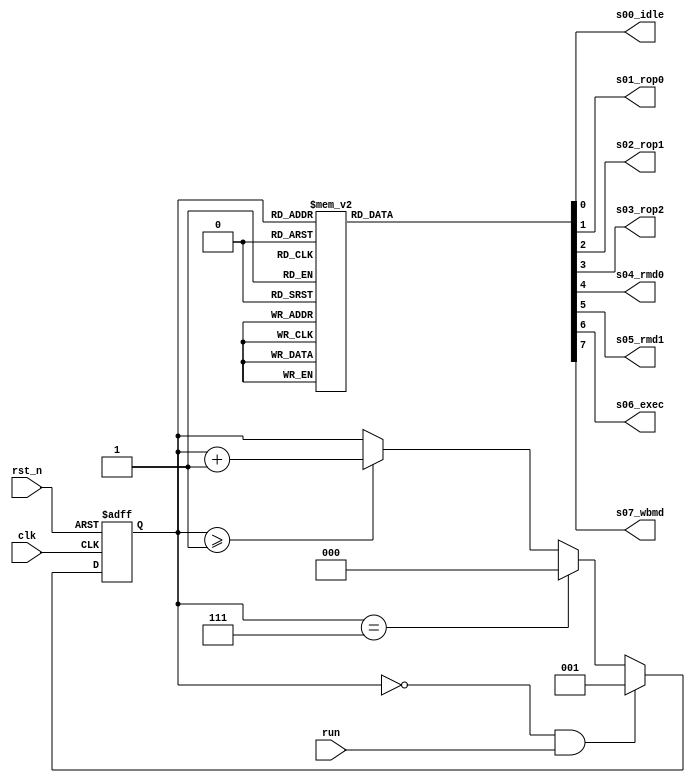
/*
 * SUBLEQ CPU Sample
 *  SUBLEQ Status Module
 *    Verilog code
 * @auther		Yoshiki Kurokawa <yoshiki.k963@gmail.com>
 * @copylight	2020 Yoshiki Kurokawa
 * @license		https://opensource.org/licenses/MIT     MIT license
 * @version		0.1
 */

module subleq_status(
	input clk,
	input rst_n,
	input run,
	output s00_idle,  // idle status
	output s01_rop0,  // read operand 0
	output s02_rop1,  // read operand 1
	output s03_rop2,  // read operand 2
	output s04_rmd0,  // read memory data 0
	output s05_rmd1,  // read memory data 1
	output s06_exec,  // execute substruction
	output s07_wbmd   // write back memory data
	);


// status counter
reg [2:0] status_cntr;

always @ ( posedge clk or negedge rst_n ) begin
	if (~rst_n)
		status_cntr <= 3'd0;
	else if ((status_cntr == 3'd0)&&run)
		status_cntr <= 3'd1;
	else if (status_cntr == 3'd7)
		status_cntr <= 3'd0;
	else if (status_cntr >= 3'd1)
		status_cntr <= status_cntr + 3'd1;
end

// status decoder

function [7:0] status_decoder;
input [2:0] status_cntr;
begin
	case(status_cntr)
		3'd0 : status_decoder = 8'b0000_0001;
		3'd1 : status_decoder = 8'b0000_0010;
		3'd2 : status_decoder = 8'b0000_0100;
		3'd3 : status_decoder = 8'b0000_1000;
		3'd4 : status_decoder = 8'b0001_0000;
		3'd5 : status_decoder = 8'b0010_0000;
		3'd6 : status_decoder = 8'b0100_0000;
		3'd7 : status_decoder = 8'b1000_0000;
		default : status_decoder = 8'd0;
	endcase
end
endfunction

wire [7:0] decode_bits;

assign decode_bits = status_decoder( status_cntr );

assign s00_idle = decode_bits[0];  // idle status
assign s01_rop0 = decode_bits[1];  // read operand 0
assign s02_rop1 = decode_bits[2];  // read operand 1
assign s03_rop2 = decode_bits[3];  // read operand 2
assign s04_rmd0 = decode_bits[4];  // read memory data 0
assign s05_rmd1 = decode_bits[5];  // read memory data 1
assign s06_exec = decode_bits[6];  // execute substruction
assign s07_wbmd = decode_bits[7];   // write back memory data

endmodule